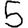
Digit: 5